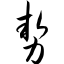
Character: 势